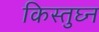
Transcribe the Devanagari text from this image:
किस्तुघ्न